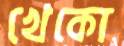
খেকো